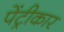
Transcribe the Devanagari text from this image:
पेंट्रीकार